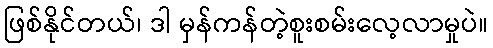
ဖြစ်နိုင်တယ်၊ ဒါ မှန်ကန်တဲ့စူးစမ်းလေ့လာမှုပဲ။